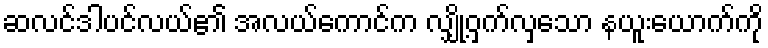
ဆလင်ဒါပင်လယ်၏ အလယ်ကောင်က လျှို့ဝှက်လှသော နယူးယောက်ကို